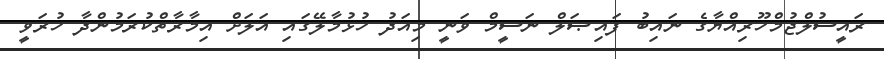
ރައީސުލްޖުމްހޫރިއްޔާގެ ނައިބު ފައިޞަލް ނަސީމް ވަނީ މިއަދު ހުޅުމާލޭގައި އަލަށް އިމާރާތްކުރަމުންދާ ހުރަވީ